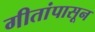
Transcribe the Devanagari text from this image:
गीतांपासून